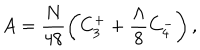
A = \frac { N } { 4 8 } \left( C _ { 3 } ^ { + } + \frac { \Lambda } { 8 } C _ { 4 } ^ { - } \right) ,